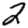
Digit: 2